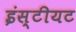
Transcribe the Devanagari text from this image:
इंस्टीयट